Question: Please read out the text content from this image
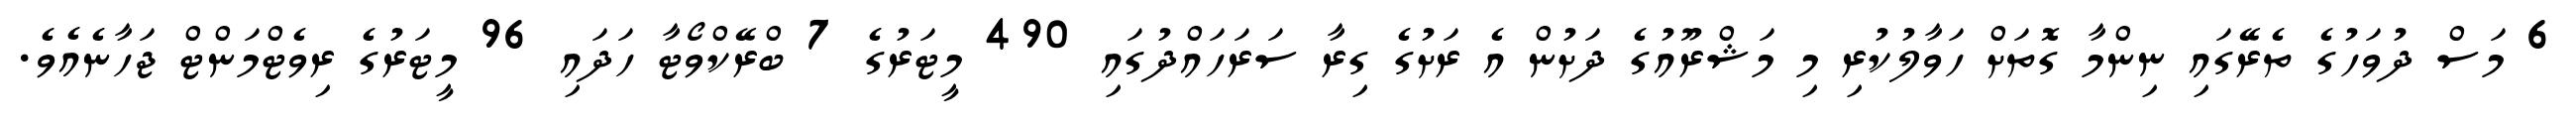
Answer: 6 މަސް ދުވަހުގެ ތެރޭގައި ނިންމާ ގޮތަށް ހަވާލުކުރި މި މަޝްރޫއުގެ ދަށުން އެ ރަށުގެ ގިރާ ސަރަހައްދުގައި 490 މީޓަރުގެ 7 ބްރޭކްވޯޓާ ހަދައި 96 މީޓަރުގެ ރިވެޓްމަންޓް ޖަހާނެއެވެ.